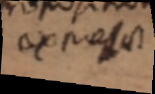
ax prest